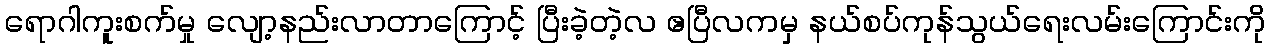
ရောဂါကူးစက်မှု လျော့နည်းလာတာကြောင့် ပြီးခဲ့တဲ့လ ဧပြီလကမှ နယ်စပ်ကုန်သွယ်ရေးလမ်းကြောင်းကို